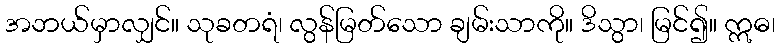
အဘယ်မှာလျှင်။ သုခတရံ၊ လွန်မြတ်သော ချမ်းသာကို။ ဒိသွာ၊ မြင်၍။ ဣဓ၊